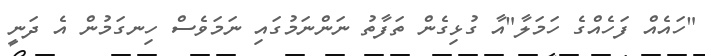
"ހައެއް ފަހެއްގެ ހަމަލާ"އާ ގުޅިގެން ތަފާތު ނަންނަމުގައި ނަމަވެސް ހިނގަމުން އެ ދަނީ